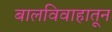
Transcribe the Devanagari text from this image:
बालविवाहातून